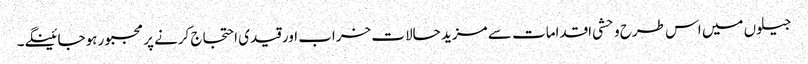
جیلوں میں اس طرح وحشی اقدامات سے مزید حالات خراب اور قیدی احتجاج کرنے پر مجبور ہوجائینگے۔